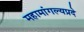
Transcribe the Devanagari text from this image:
महामांगल्यप्रदे